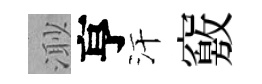
𣺌亨汗竅